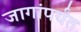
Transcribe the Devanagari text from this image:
जागांपर्यंत